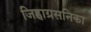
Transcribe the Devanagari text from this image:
जिह्वाग्रसनिका